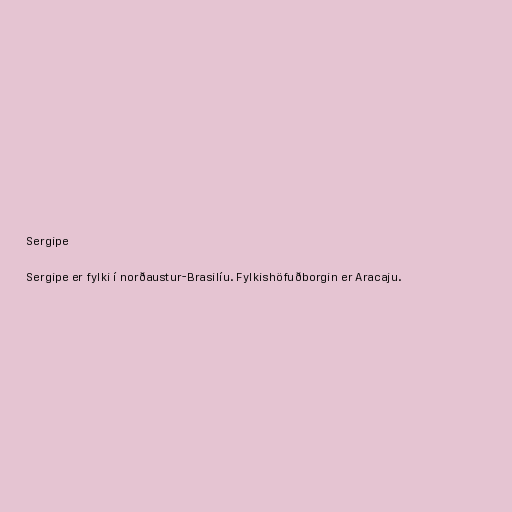
Sergipe

Sergipe er fylki í norðaustur-Brasilíu. Fylkishöfuðborgin er Aracaju.